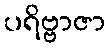
ပရိဗ္ဗာဇာ